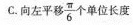
C. 向左平移\frac{π}{6}个单位长度